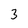
Character: 3